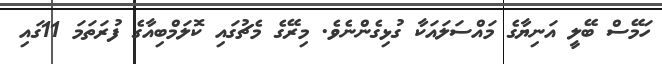
ހަމޭސް ބޭލީ އަނިޔާގެ މައްސަލައަކާ ގުޅިގެންނެވެ. މިރޭގެ މެޗުގައި ކޮލަމްބިއާގެ ފުރަތަމަ 11ގައި